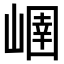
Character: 𡻢